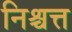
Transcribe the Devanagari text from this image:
निश्चत्त